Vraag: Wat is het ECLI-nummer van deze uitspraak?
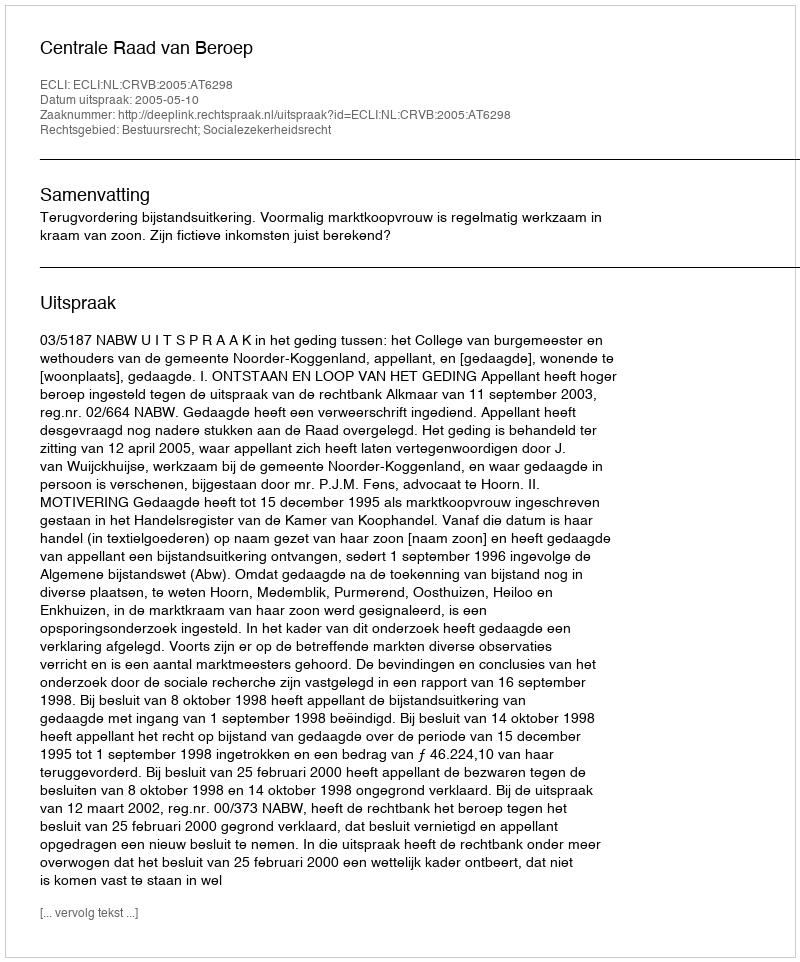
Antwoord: ECLI:NL:CRVB:2005:AT6298